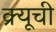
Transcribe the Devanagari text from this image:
क्र्यूची